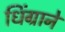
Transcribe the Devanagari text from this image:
धिंग्राने